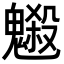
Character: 𩴇